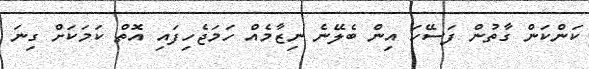
ކަންކަން ގާތުން ފަސޭހަ އިން ބެލޭނެ ނިޒާމެއް ހަމަޖެހިފައި އޮތް ކަމަކަށް ގިނަ